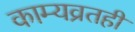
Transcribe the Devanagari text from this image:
काम्यव्रतही